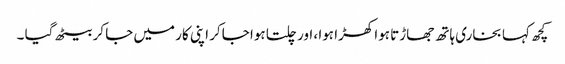
کچھ کہا بخاری ہاتھ جھاڑتا ہوا کھڑا ہوا ، اور چلتا ہوا جاکر اپنی کار میں جا کر بیٹھ گیا ۔